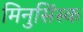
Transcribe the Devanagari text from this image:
मिनुसिंस्क